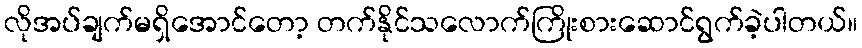
လိုအပ်ချက်မရှိအောင်တော့ တက်နိုင်သလောက်ကြိုးစားဆောင်ရွက်ခဲ့ပါတယ်။